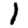
Digit: 1